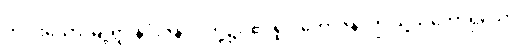
တပါးသော မြို့ရွာ နိဂုံးဇနပုဒ်တို့၌။ ဧဝရူပံ ဘောဇနံ၊ ဤသို့သဘောရှိသော